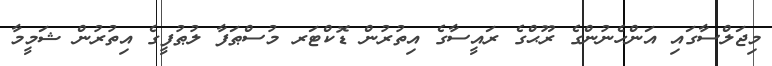
މިޖަލްސާގައި އަންހެނުންގެ ރޫޙްގެ ރައީސާގެ އިތުރުން ޑޮކްޓަރ މުސްޠަފާ ލުޠުފީގެ އިތުރުން ޝަމީމާ